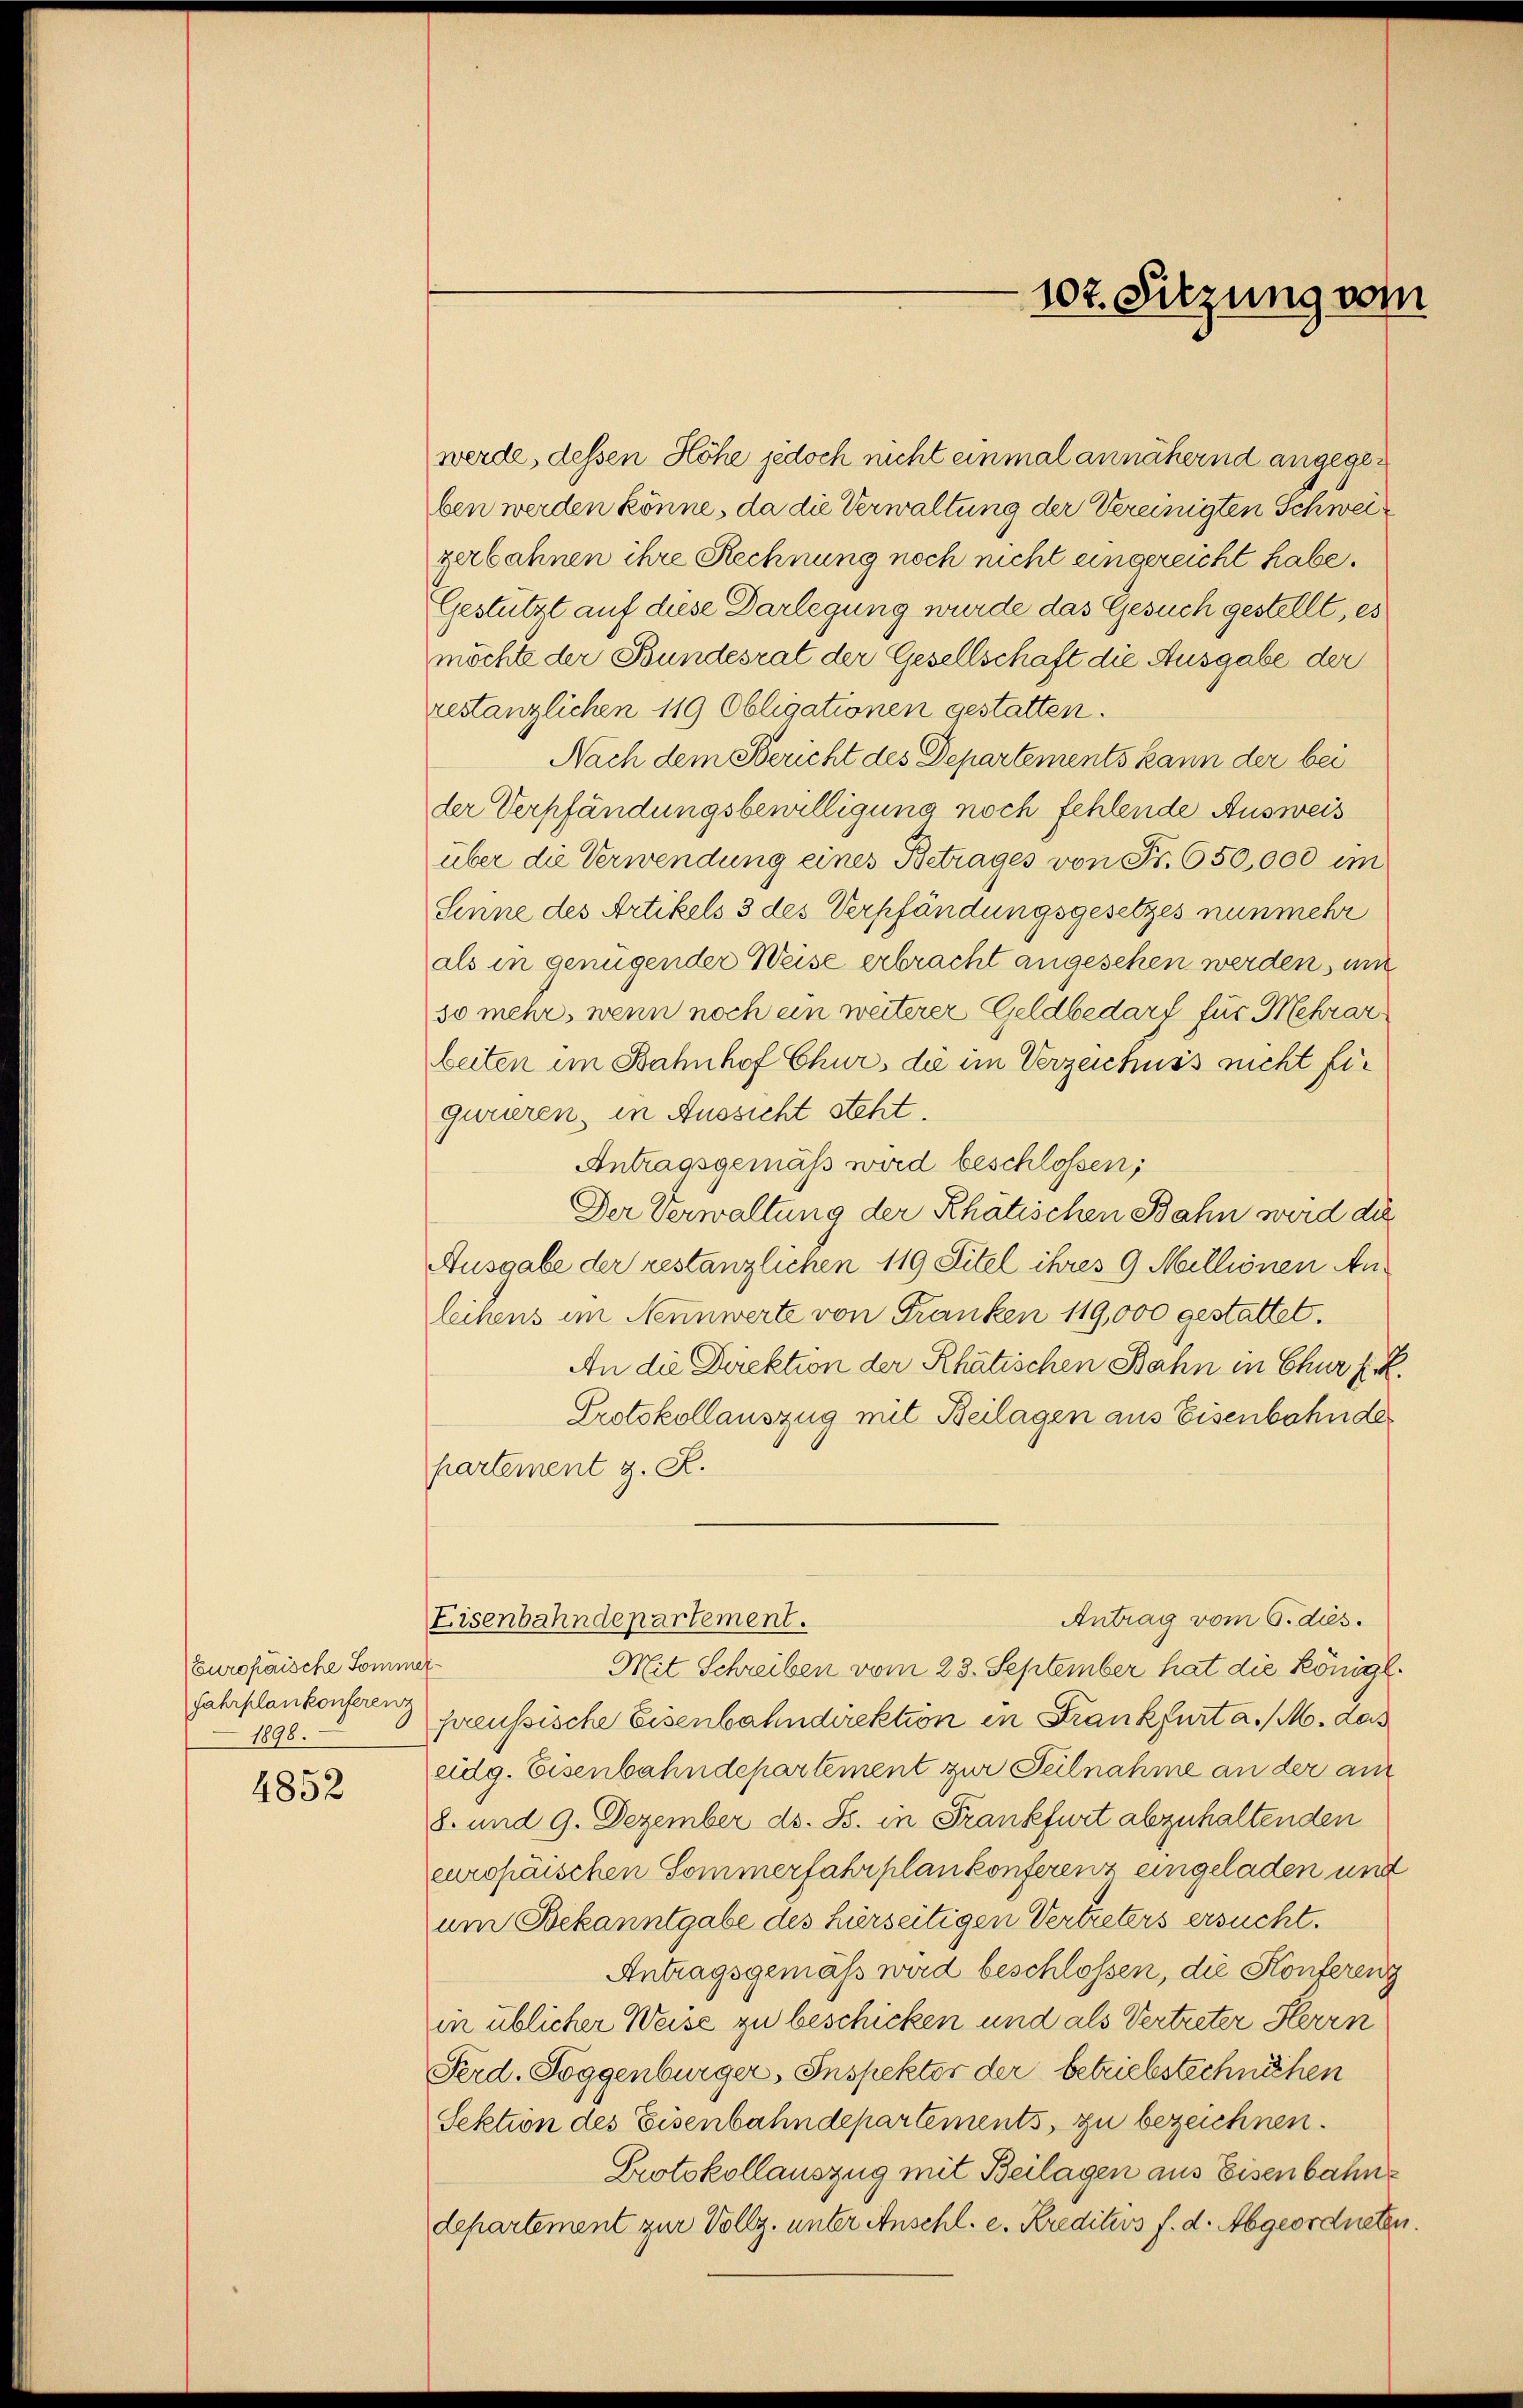
Europaische Sommer¬
Fahrplankonferenz
1898.

4852

102. Sitzung vom

werde, dessen Höhe jedoch nicht einmal annähernd angegeben werden könne, da die Verwaltung der Vereinigten Schweizerbahnen ihre Rechnung noch nicht eingereicht habe.
Gestützt auf diese Darlegung wurde das Gesuch gestellt, es
möchte der Bundesrat der Gesellschaft die Ausgabe der
restanzlichen 119 Obligationen gestatten.
Nach dem Bericht des Departements kann der bei
der Verpfändungsbewilligung noch fehlende Ausweis
über die Verwendung eines Betrages von Fr. 650,000 im
Sinne des Artikels 3 des Verpfändungsgesetzes nunmehr
als in genügender Weise erbracht angesehen werden, um
so mehr, wenn noch ein weiterer Geldbedarf für Mehrar
beiten im Bahnhof Chur, die im Verzeichnis nicht für
gurieren, in Aussicht steht.
Antragsgemäß wird beschlossen;
Der Verwaltung der Rhätischen Bahn wird die
Ausgabe der restanzlichen 119 Titel ihres 9 Millionen Anleihens im Nennwerte von Franken 119,000 gestattet.
An die Direktion der Rhätischen Bahn in Chur f
Protokollauszug mit Beilagen aus Eisenbahnder
partement z. R.
Antrag vom 6. dies.
Eisenbahndepartement.
Mit Schreiben vom 23. September hat die Königl.
preussische Eisenbahndirektion in Frankfurt a. / M. das
eidg. Eisenbahndepartement zur Teilnahme an der am
8. und 9. Dezember ds. Js. in Frankfurt abzuhaltenden
europäischen Sommerfahrplankonferenz eingeladen und
um Bekanntgabe des hierseitigen Vertreters ersucht.
Antragsgemäß wird beschlossen, die Konferenz
in üblicher Weise zu beschicken und als Vertreter Herrn
Ferd. Toggenburger, Inspektor der betriebstechnöhen
Sektion des Eisenbahndepartements, zu bezeichnen.
Protokollauszug mit Beilagen aus Eisenbahndepartement zur Vollz. unter Anschl. e. Kreditivs f. d. Abgeordneter